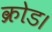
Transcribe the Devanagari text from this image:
क्रोड।